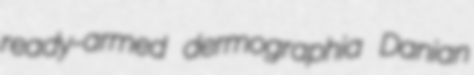
ready-armed dermographia Danian